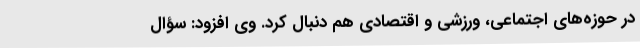
در حوزه‌های اجتماعی، ورزشی و اقتصادی هم دنبال کرد. وی افزود: سؤال